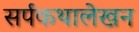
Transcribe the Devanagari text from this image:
सर्पकथालेखन